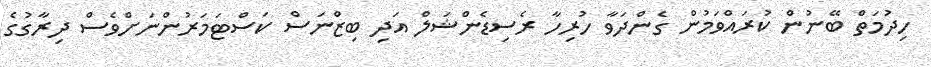
ހިދުމަތް ބޭނުން ކުރައްވަމުން ގެންދަވާ ހުރިހާ ރެސިޑެންޝަލް އަދި ބިޒްނަސް ކަސްޓަމަރުންނަށްވެސް ދިރާގުގެ